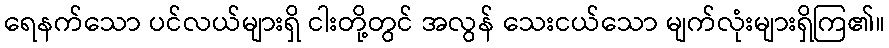
ရေနက်သော ပင်လယ်များရှိ ငါးတို့တွင် အလွန် သေးငယ်သော မျက်လုံးများရှိကြ၏။